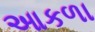
આકળા